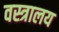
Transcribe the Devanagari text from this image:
वस्त्रालय